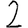
Digit: 2